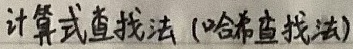
计算式查找法 (哈希查找法)